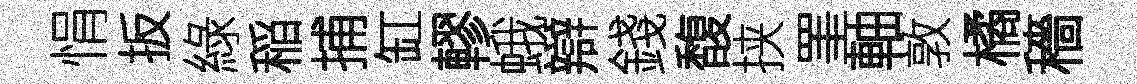
悁扳綠稲捕缸轇蛾辯錢馥挟罣軸敦橘穡